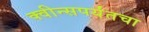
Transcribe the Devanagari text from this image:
क्वीन्सपर्यंतचा